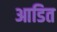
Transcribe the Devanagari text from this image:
आडित